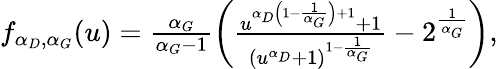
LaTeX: \begin{array}{r}{f_{\alpha_{D},\alpha_{G}}(u)=\frac{\alpha_{G}}{\alpha_{G}-1}\left(\frac{u^{\alpha_{D}\left(1-\frac{1}{\alpha_{G}}\right)+1}+1}{(u^{\alpha_{D}}+1)^{1-\frac{1}{\alpha_{G}}}}-2^{\frac{1}{\alpha_{G}}}\right),}\end{array}